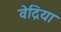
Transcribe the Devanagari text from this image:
वेद्रिया